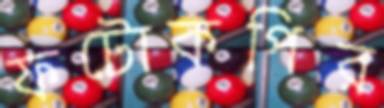
ফটোকপির